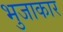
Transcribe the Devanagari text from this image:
भुजाकार